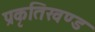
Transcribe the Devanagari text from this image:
प्रकृतिखण्ड